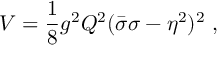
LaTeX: V = \frac 1 8 g ^ { 2 } Q ^ { 2 } ( \bar { \sigma } \sigma - \eta ^ { 2 } ) ^ { 2 } \, \, ,